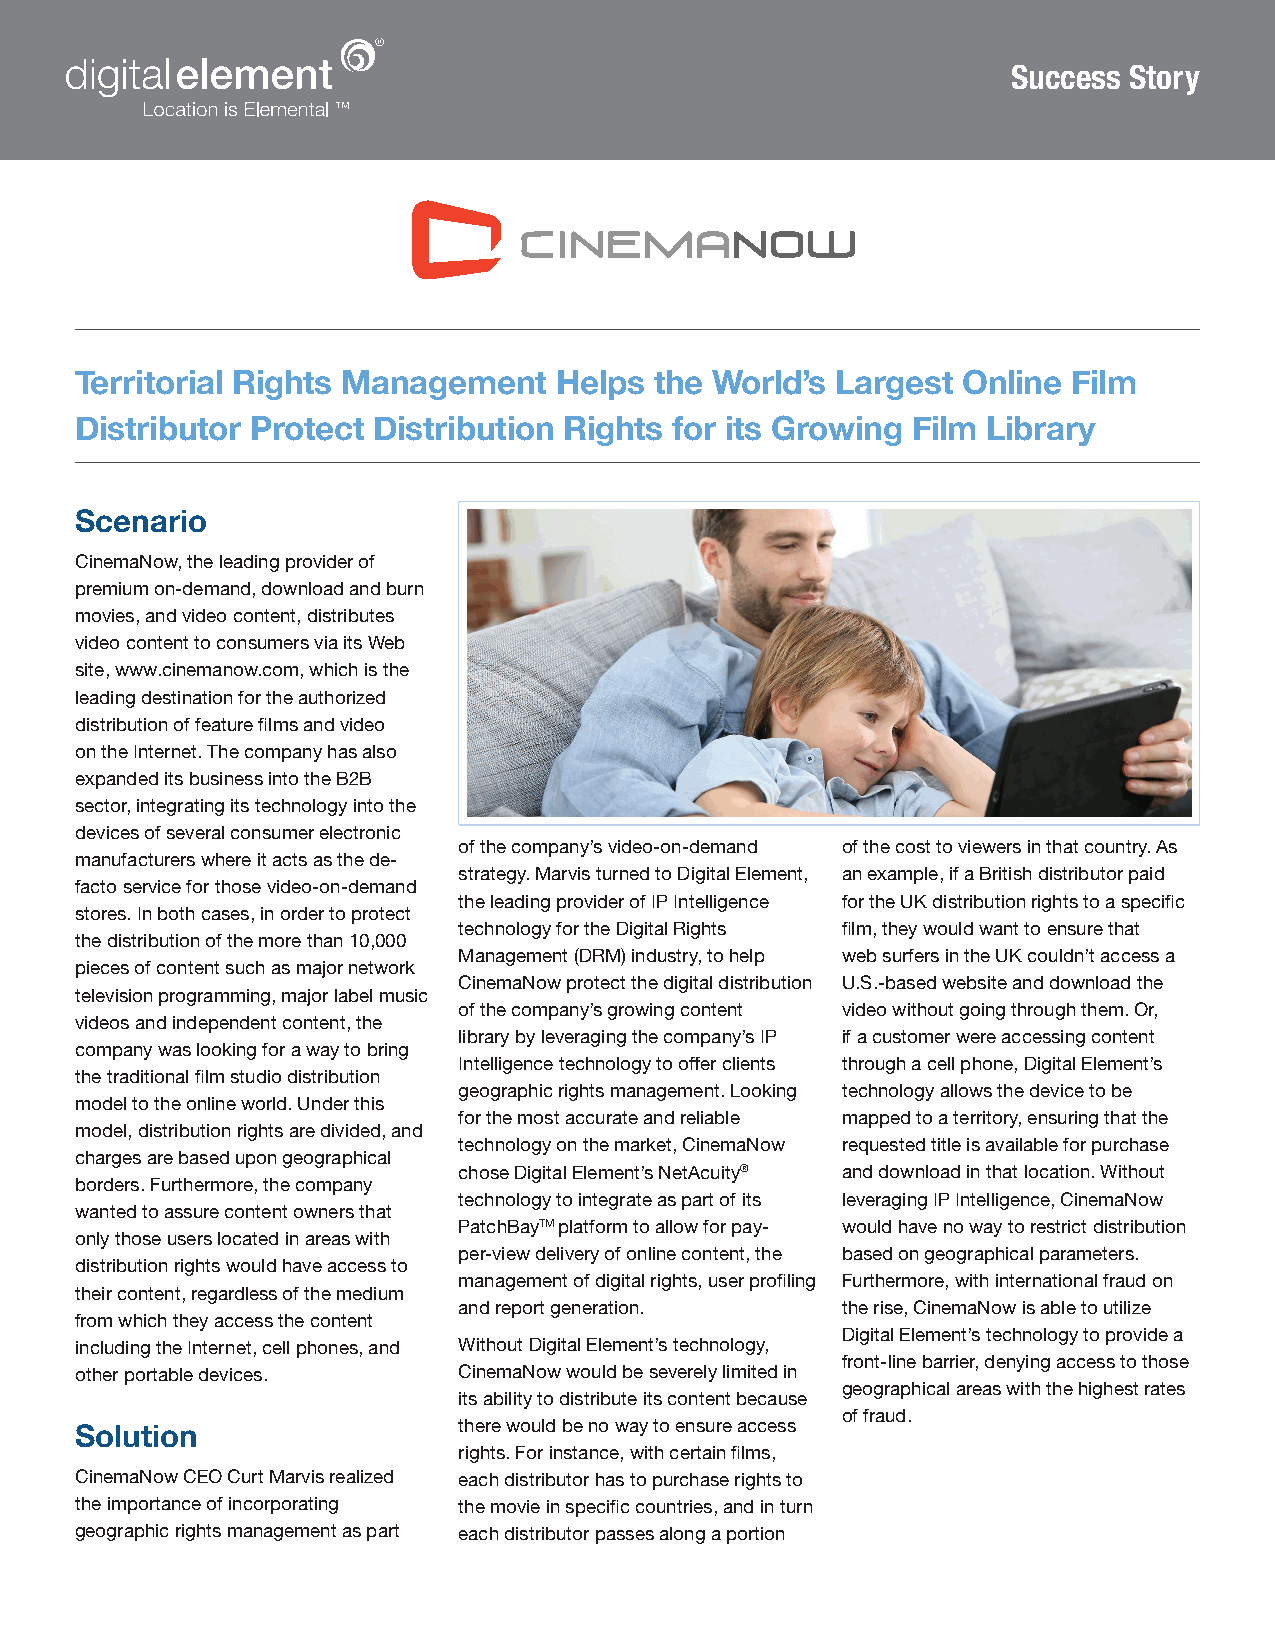
Success Story
 Territorial Rights Management   Helps the World’s Largest  Online Film
 Distributor Protect Distribution Rights for its Growing Film Library
 Scenario
 CinemaNow, the leading provider of
 premium on-demand, download and burn
 movies, and video content, distributes
 video content to consumers via its Web
 site, www.cinemanow.com, which is the
 leading destination for the authorized
 distribution of feature films and video
 on the Internet. The company has also
 expanded its business into the B2B
 sector, integrating its technology into the
 devices of several consumer electronic
 of the company’s video-on-demand of the cost to viewers in that country. As
 manufacturers where it acts as the de-
 strategy. Marvis turned to Digital Element, an example, if a British distributor paid
 facto service for those video-on-demand
 the leading provider of IP Intelligence for the UK distribution rights to a specific
 stores. In both cases, in order to protect
 technology for the Digital Rights film, they would want to ensure that
 the distribution of the more than 10,000
 Management (DRM) industry, to help web surfers in the UK couldn’t access a
 pieces of content such as major network
 CinemaNow protect the digital distribution U.S.-based website and download the
 television programming, major label music
 of the company’s growing content video without going through them. Or,
 videos and independent content, the
 library by leveraging the company’s IP if a customer were accessing content
 company was looking for a way to bring
 Intelligence technology to offer clients through a cell phone, Digital Element’s
 the traditional film studio distribution
 geographic rights management. Looking technology allows the device to be
 model to the online world. Under this
 for the most accurate and reliable mapped to a territory, ensuring that the
 model, distribution rights are divided, and
 technology on the market, CinemaNow requested title is available for purchase
 charges are based upon geographical
 chose Digital Element’s NetAcuity® and download in that location. Without
 borders. Furthermore, the company
 technology to integrate as part of its leveraging IP Intelligence, CinemaNow
 wanted to assure content owners that
 PatchBayTM platform to allow for pay- would have no way to restrict distribution
 only those users located in areas with
 per-view delivery of online content, the based on geographical parameters.
 distribution rights would have access to
 management of digital rights, user profiling Furthermore, with international fraud on
 their content, regardless of the medium
 and report generation.    the rise, CinemaNow is able to utilize
 from which they access the content
 Digital Element’s technology to provide a
 including the Internet, cell phones, and Without Digital Element’s technology,
 front-line barrier, denying access to those
 other portable devices.  CinemaNow would be severely limited in
 geographical areas with the highest rates
 its ability to distribute its content because
 of fraud.
 there would be no way to ensure access
 Solution
 rights. For instance, with certain films,
 CinemaNow CEO Curt Marvis realized each distributor has to purchase rights to
 the importance of incorporating the movie in specific countries, and in turn
 geographic rights management as part each distributor passes along a portion